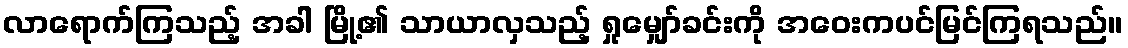
လာရောက်ကြသည့် အခါ မြို့၏ သာယာလှသည့် ရှုမျှော်ခင်းကို အဝေးကပင်မြင်ကြရသည်။